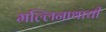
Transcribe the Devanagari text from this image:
मल्लिनाथाची